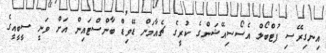
އިނގިރޭސި ފުޓްބޯލް އެސޯސިއޭޝަންގެ ކުރީގެ ޗެއާމަން ޑޭވިޑް ބާންސްޓައިން އަށް ވަނީ ސީބީއީގެ